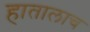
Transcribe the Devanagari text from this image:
हातालाच